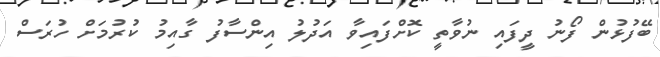
ބޭފުޅުން ފޯނު ދީފައި ނުވާތީ ކޮށްފައިވާ އަދުލު އިންސާފު ގާއިމު ކުރުމަށް ހުރަސް